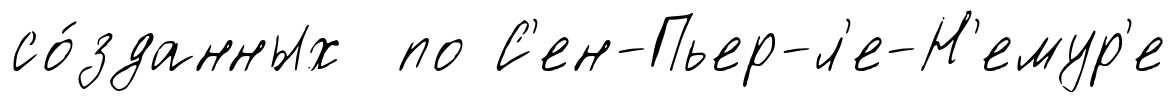
со́зданных по С'ен-Пьер-л'е-Н'емур'е